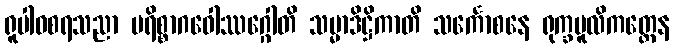
ရူပါဝစရသညာ ပရိစ္စာဂဝေါဿဂ္ဂေါတိ သမ္မာဒိဋ္ဌိကာတိ သင်္ကောစနေ ရုက္ခမူလိကတ္တေန